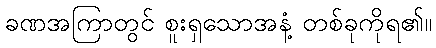
ခဏအကြာတွင် စူးရှသောအနံ့ တစ်ခုကိုရ၏။